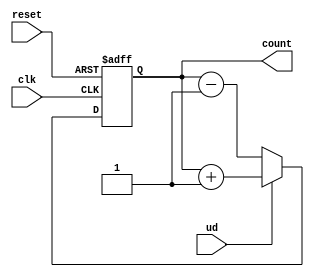
module Counter_up_down(ud,reset,clk,count);

input ud,reset,clk;
output reg[7:0]count;

always @(posedge clk,posedge reset)
   begin
      if(reset)
         begin
           count=1'b0;
         end
      else if(ud)
         begin
         count=count+1;
         end
      else 
         count=count-1;
   end     
endmodule